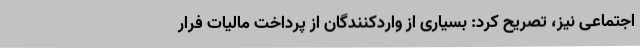
اجتماعی نیز، تصریح کرد: بسیاری از واردکنندگان از پرداخت مالیات فرار